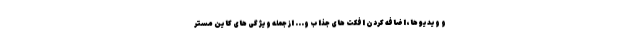
و ویدیو ها، اضافه کردن افکت های جذاب و... از جمله ویژگی های کاین مستر